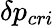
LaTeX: \delta p_{cri}